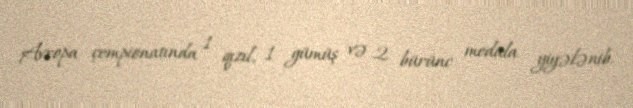
Avropa çempionatında 1 qızıl, 1 gümüş və 2 bürünc medala yiyələnib.